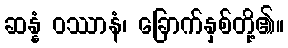
ဆန္နံ ဝဿာနံ၊ ခြောက်နှစ်တို့၏။